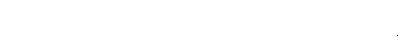
ဝုဒ္ဓိယေဝ၊ ကြီးပွားခြင်းကိုသာလျှင်။ ပါဋိကင်္ခါ၊ အလိုရှိအပ်၏။ ပရိဟာနိ၊